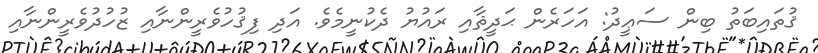
ޤުތައިބަތު ބިން ސަޢީދު: އަހަރެން ޙަދީޘާއި ރައުޔު ދެކުނީމެވެ. އަދި ފިޤުހުވެރީންނާއި ޒުހުދުވެރީންނާއި